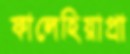
ফালেহিয়াপ্রা